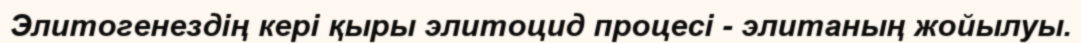
Элитогенездің кері қыры элитоцид процесі - элитаның жойылуы.